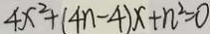
4 x ^ { 2 } + ( 4 n - 4 ) x + n ^ { 2 } = 0